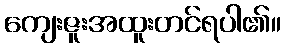
ကျေးဇူးအထူးတင်ရပါ၏။